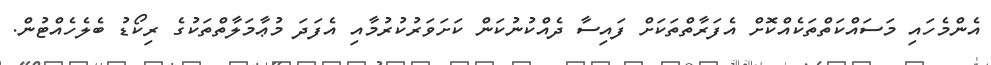
އެންމެހައި މަސައްކަތްތަކެއްކޮށް އެފަރާތްތަކަށް ފައިސާ ދެއްކުނުކަން ކަށަވަރުކުރުމާއި އެފަދަ މުޢާމަލާތްތަކުގެ ރިކޯޑު ބެލެހެއްޓުން.